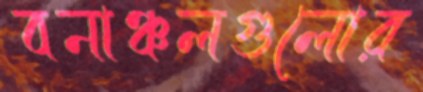
বনাঞ্চলগুলোর